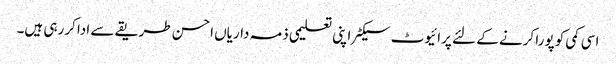
اسی کمی کو پورا کرنے کے لئے پرائیوٹ سیکٹر اپنی تعلیمی ذمہ داریاں احسن طریقے سے ادا کررہی ہیں۔